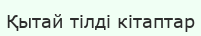
Қытай тілді кітаптар